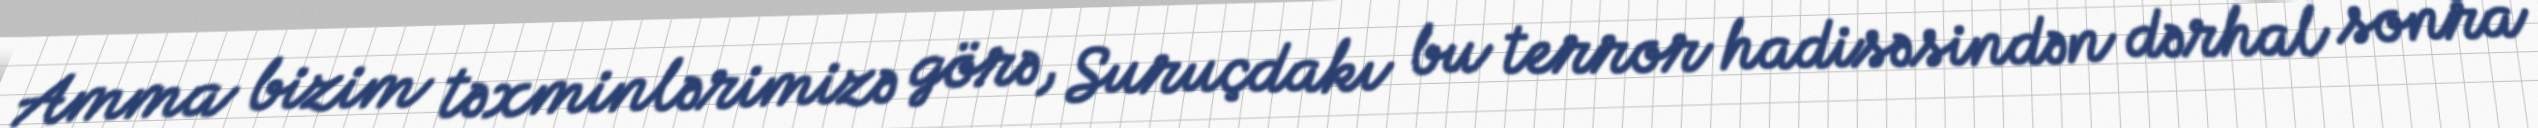
Amma bizim təxminlərimizə görə, Suruçdakı bu terror hadisəsindən dərhal sonra